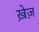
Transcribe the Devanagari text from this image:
ख़ेज़